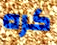
كره